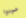
عودوا